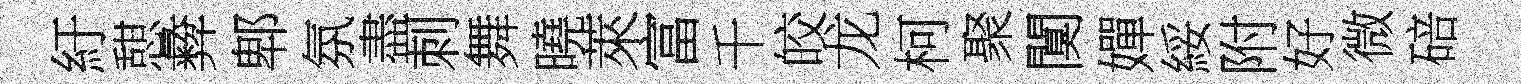
紆憇彜郫氛盡刺舞曉萊富千皎龙柯聚闃嬋綏附好微碚